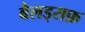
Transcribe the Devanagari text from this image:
बैलड्सफ़